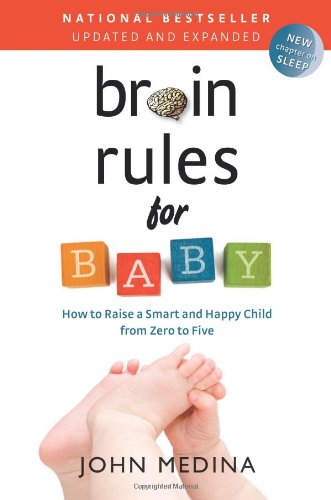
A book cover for Brain Rules for Baby (Updated and Expanded): How to Raise a Smart and Happy Child from Zero to Five; John Medina; Parenting & Relationships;